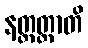
နတ္ထတ္တာတိ